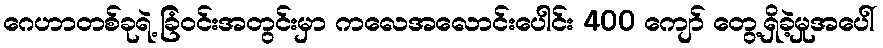
ဂေဟာတစ်ခုရဲ့ ခြံဝင်းအတွင်းမှာ ကလေအလောင်းပေါင်း 400 ကျော် တွေ့ရှိခဲ့မှုအပေါ်